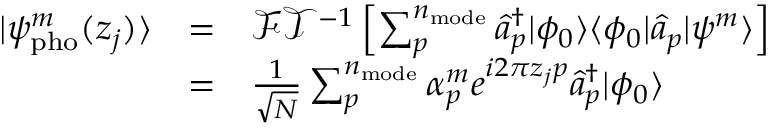
\begin{array} { c c l } { | \psi _ { \mathrm { p h o } } ^ { m } ( z _ { j } ) \rangle } & { = } & { \mathcal { F T } ^ { - 1 } \left[ \sum _ { p } ^ { n _ { \mathrm { m o d e } } } \hat { a } _ { p } ^ { \dagger } | \phi _ { 0 } \rangle \langle \phi _ { 0 } | \hat { a } _ { p } | \psi ^ { m } \rangle \right] } \\ & { = } & { \frac { 1 } { \sqrt N } \sum _ { p } ^ { n _ { \mathrm { m o d e } } } \alpha _ { p } ^ { m } e ^ { i 2 \pi z _ { j } p } \hat { a } _ { p } ^ { \dagger } | \phi _ { 0 } \rangle } \end{array}